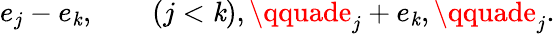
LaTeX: e_{j}-e_{\mathit{k}},\qquad(j<\mathit{k}),\qquade_{j}+e_{\mathit{k}},\qquade_{j}.